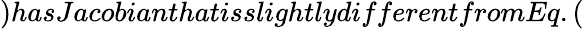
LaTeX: )hasJacobianthatisslightlydifferentfromEq.(